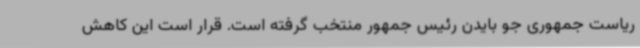
ریاست جمهوری جو بایدن رئیس جمهور منتخب گرفته است. قرار است این کاهش